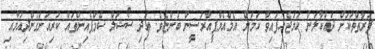
ފަރާތްތަކަށް ދައްކާލަން ހަމަޖެހިފައިވާ ކަމަށް އެމްއެމްޕީއާރުސީން ބުންޏެވެ. އަދި ސޯޝަލް ކެމްޕެއިންތައް ކުރިއަށްގެންދިއުމާއި